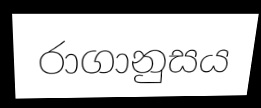
රාගානුසය